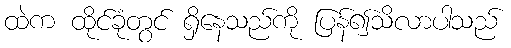
ထဲက ထိုင်ခုံတွင် ရှိနေသည်ကို ပြန်၍သိလာပါသည်